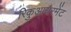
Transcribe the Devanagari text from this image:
रिकुआयरमेंट